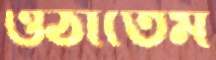
ওঠাতেম